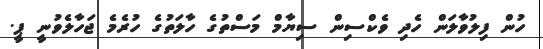
ހުންް ފިލުވާލަން ހެދި ވެކްސިން ސިޔާމް މަސްތުގެ ހާލަތުގެ ހުރެމެ ޖަހާލެވުނީ ޕީ.